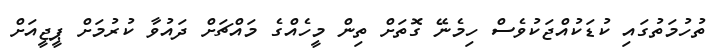
ތުހުމަތުގައި ކުޑަކުއްޖަކުވެސް ހިމެނޭ ގޮތަށް ތިން މީހެއްގެ މައްޗަށް ދައުވާ ކުރުމަށް ޕީޖީއަށް